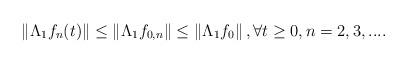
LaTeX: \begin{align*}\left\| \Lambda_{1} f_n(t)\right\| \leq\left\|\Lambda_{1} f_{0,n}\right\| \leq \left\|\Lambda_{1} f_0\right\|,\forall t \geq 0, n=2,3,.... \end{align*}